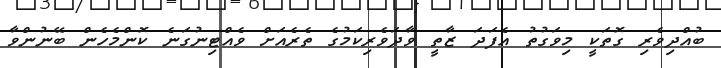
ބުއްދިވެރި ގޮތަކީ މިވަގުތު އެފަދަ ޒާތީ ވާދަވެރިކަމުގެ ތެރެއަށް ވެއްޓިނުގަނެ ކޮންމެހެން ބޭނުންވާ